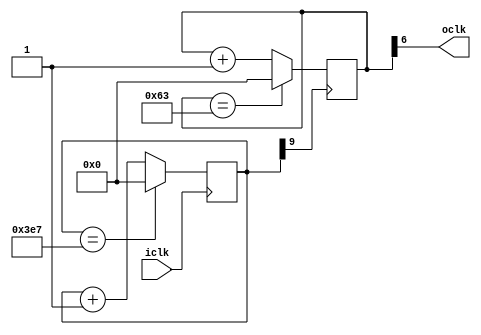
module ClockDivision (   //100MHz -> 1kHz
	input wire  iclk,
	output wire oclk
);
	/*
	reg[9:0] DivMHz, DivKHz, DivHz;
	always @(posedge clk100MHz) DivMHz <= (DivMHz == 1000)? 0 : DivMHz+1;
	wire  clk100KHz = DivMHz[9];
	always @(posedge clk100KHz) DivKHz <= (DivKHz == 1000)? 0 : DivKHz+1;
	wire  clk100Hz  = DivKHz[9];
	always @(posedge clk100Hz)  DivHz  <= (DivHz  ==  100)? 0 : DivHz+1;
	wire  clk1Hz  = DivHz[8];
	*/
	
	parameter T1 = 1000;
	parameter T2 = 100;
	reg[9:0] cnt1, cnt2;
	
	initial begin
		cnt1 = 10'b0;
		cnt2 = 10'b0;
	end
	
	always @(posedge iclk)
		cnt1 <= (cnt1 == T1 - 1)? 0 : cnt1+1;
		
	//%50: always @(posedge cnt1[6]) clk1 <= ~clk1;
//	wire  clk1 = (cnt1 > T1 / 2 - 1);
	wire  clk1 = cnt1[9];
	
	always @(posedge clk1)
		cnt2 <= (cnt2 == T2 - 1)? 0 : cnt2+1;
		
//	wire  clk2  = (cnt2 > T2 / 2 - 1);
	wire  clk2  = cnt2[6];
	
	assign oclk = clk2;

endmodule